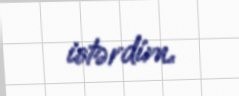
istərdim.